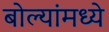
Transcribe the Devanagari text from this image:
बोल्यांमध्ये